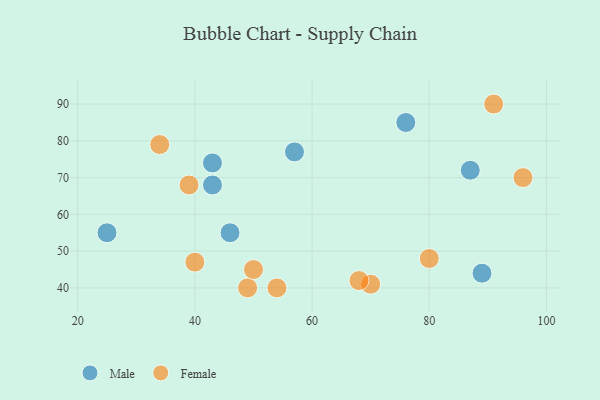
{"axis": {"x": "GDP", "y": "Life Expectancy"}, "legend": ["Female", "Male"], "data": [{"x": "89", "y": 44, "type": "Male"}, {"x": "25", "y": 55, "type": "Male"}, {"x": "76", "y": 85, "type": "Male"}, {"x": "43", "y": 74, "type": "Male"}, {"x": "43", "y": 68, "type": "Male"}, {"x": "57", "y": 77, "type": "Male"}, {"x": "87", "y": 72, "type": "Male"}, {"x": "46", "y": 55, "type": "Male"}, {"x": "39", "y": 68, "type": "Female"}, {"x": "49", "y": 40, "type": "Female"}, {"x": "40", "y": 47, "type": "Female"}, {"x": "50", "y": 45, "type": "Female"}, {"x": "70", "y": 41, "type": "Female"}, {"x": "96", "y": 70, "type": "Female"}, {"x": "91", "y": 90, "type": "Female"}, {"x": "80", "y": 48, "type": "Female"}, {"x": "68", "y": 42, "type": "Female"}, {"x": "34", "y": 79, "type": "Female"}, {"x": "54", "y": 40, "type": "Female"}]}